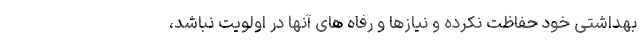
بهداشتی خود حفاظت نکرده و نیازها و رفاه های آنها در اولویت نباشد،